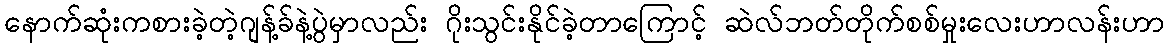
နောက်ဆုံးကစားခဲ့တဲ့ဂျန့်ခ်နဲ့ပွဲမှာလည်း ဂိုးသွင်းနိုင်ခဲ့တာကြောင့် ဆဲလ်ဘတ်တိုက်စစ်မှုးလေးဟာလန်းဟာ